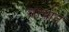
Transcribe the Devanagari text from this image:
सांचात